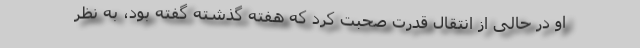
او در حالی از انتقال قدرت صحبت کرد که هفته گذشته گفته بود، به نظر